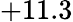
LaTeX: +11.3